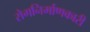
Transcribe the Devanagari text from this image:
रोगनिर्माणकारी